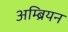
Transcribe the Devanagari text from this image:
अम्ब्रियन